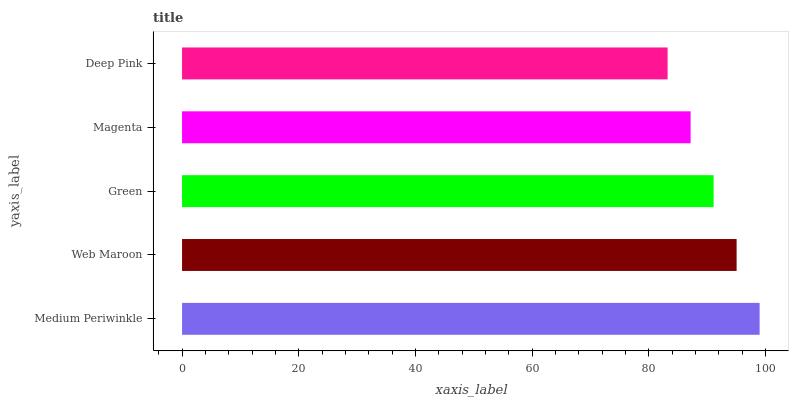
| yaxis_label | bars |
 | --- | --- |
 | Medium Periwinkle | 99 |
 | Web Maroon | 95.1 |
 | Green | 91.1 |
 | Magenta | 87.2 |
 | Deep Pink | 83.2 |